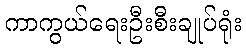
ကာကွယ်ရေးဦးစီးချုပ်ရုံး